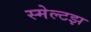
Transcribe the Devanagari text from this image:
स्मेल्टझ